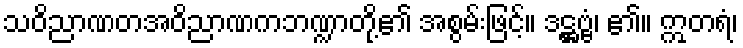
သဝိညာဏတအဝိညာဏကဘဏ္ဍာတို့၏ အစွမ်းဖြင့်။ ဒဋ္ဌဗ္ဗံ၊ ၏။ ဣတရံ၊